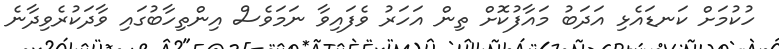
ހުކުމަށް ކަނޑައެޅި އަދަބު މައާފުކޮށް ތިން އަހަރު ވެފައިވާ ނަމަވެސް އިންތިހާބުގައި ވާދަކުރެވިދާނެ